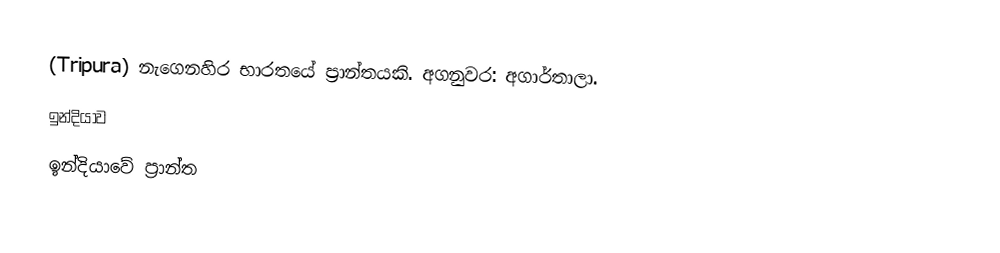
(Tripura) නැගෙනහිර භාරතයේ ප්‍රාන්තයකි. අගනුවර: අගාර්තාලා.
ඉන්දියාව
ඉන්දියාවේ ප්‍රාන්ත